Report on plague in the Punjab from October 1st ... to September 30th ..., being the ... season of plague in the province
Disease focus: Plague
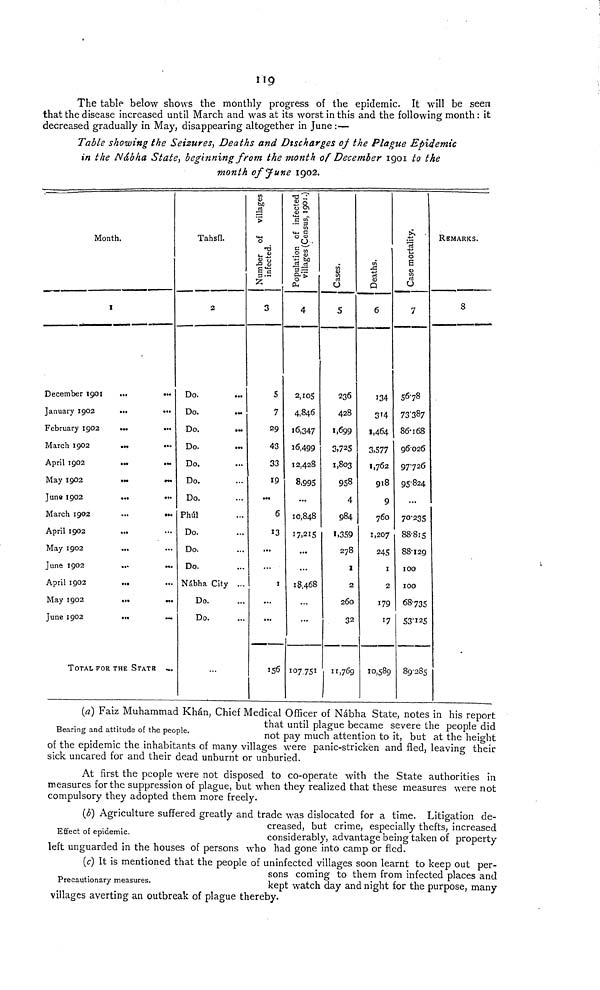
119
The table below shows the monthly progress of the epidemic. It will be seen
that the disease increased until March and was at its worst in this and the following month : it
decreased gradually in May, disappearing altogether in June :—
Table showing the Seizures, Deaths and Discharges of the Plague Epidemic
in the Nâbha State, beginning from the month of December 1901 to the
month of June 1902.
Month.
I
December 1901
...
...
January 1902
...
...
February 1902
...
...
March 1902
...
...
April 1902
...
...
May 1902
...
...
Juna 1902
...
...
March 1902
...
...
April 1902 ... ...
May 1902 ... ..
June 1902
...
...
April 1902
... ...
May 1902
...
...
June 1902
... ...
TOTAL FOR THE STATB
...
Tahsil
2
Do. ...
Do.
Do.
Do.
Do.
Do.
Do.
Phúl
Do.
Do.
Do.
Nábha City ...
Do.
Do.
...
Number of villages
3
5
7
29
43
33
19
...
6
13
...
...
1
...
...
156
Population of infected villages (census, 1901. )
4
2,105
4,846
16.347
16,499
12,428
8,995
...
10,848
17,215
...
...
18,468
...
...
107.75
Cases.
S
236
428
1,699
3,725
1,803
958
4
984
1.359
278
2
2
260
32
11,769
Deaths.
6
134
3'4
1,464
3,577
1,762
918
9
760
1,207
245
1
2
179
17
10589
Case mortality.
7
5678
73'387
86-168
96026
97726
95-824
...
70-235
88-815
88-129
100
100
68'735
53-125
89-285
REMARKS.
8
Bearing and attitude of the people.
(a) Faiz Muhammad Khan, Chief Medical Officer of Nábha State, notes in his report
that until plague became severe the people did
not pay much attention to it, but at the height
of the epidemic the inhabitants of many villages were panic-stricken and fled, leaving their
sick uncared for and their dead unburnt or unburied.
At first the people were not disposed to co-operate with the State authorities in
measures for the suppression of plague, but when they realized that these measures were not
compulsory they adopted them more freely.
Effect of epidemic.
(b) Agriculture suffered greatly and trade was dislocated for a time. Litigation de-
creased, but crime, especially thefts, increased
considerably, advantage being taken of property
left unguarded in the houses of persons who had gone into camp or fled.
Precautionary measures.
(c) It is mentioned that the people of uninfected villages soon learnt to keep out per-
sons coming to them from infected places and
kept watch day and night for the purpose, many
villages averting an outbreak of plague thereby.